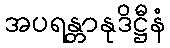
အပရန္တာနုဒိဋ္ဌီနံ